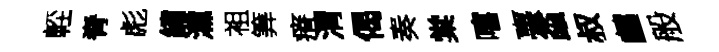
䡖脊彪繡灙袓筭瘠渭偈奏棠嘻臺螙叔鸕般